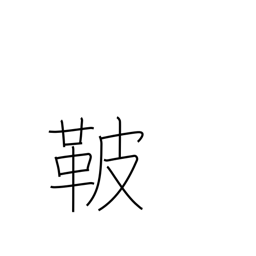
Meaning: saddle cover